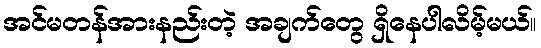
အင်မတန်အားနည်းတဲ့ အချက်တွေ ရှိနေပါလိမ့်မယ်။